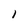
Character: 1